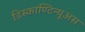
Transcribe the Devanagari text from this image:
डिस्काण्टिन्यूअस